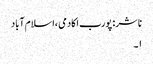
ناشر: پورب اکادمی ،اسلام آباد
۱۔